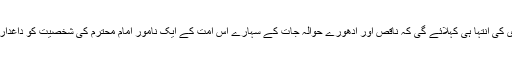
یہ آپ کی دیدہ دلیری کی انتہا ہی کہلائے گی کہ ناقص اور ادھورے حوالہ جات کے سہارے اس امت کے ایک نامور امام محترم کی شخصیت کو داغدار کرنے پر تلے ہیں۔